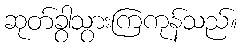
ဆုတ်ခွာသွားကြကုန်သည်။